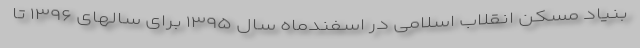
بنیاد مسکن انقلاب اسلامی در اسفندماه سال ۱۳۹۵ برای سالهای ۱۳۹۶ تا